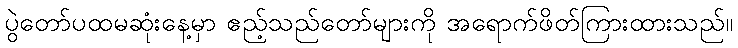
ပွဲတော်ပထမဆုံးနေ့မှာ ဧည့်သည်တော်များကို အရောက်ဖိတ်ကြားထားသည်။